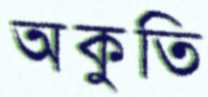
অকুতি